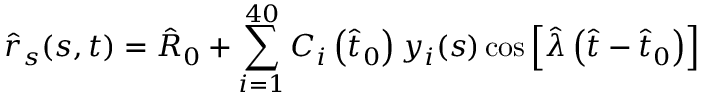
\hat { r } _ { s } ( s , t ) = \hat { R } _ { 0 } + \sum _ { i = 1 } ^ { 4 0 } C _ { i } \left( \hat { t } _ { 0 } \right) y _ { i } ( s ) \cos \left[ \hat { \lambda } \left( \hat { t } - \hat { t } _ { 0 } \right) \right]